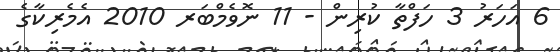
6 އަހަރު 3 ހަފްތާ ކުރިން - 11 ނޮވެމްބަރ 2010 އެމެރިކާގެ